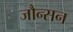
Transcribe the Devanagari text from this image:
जौन्सन